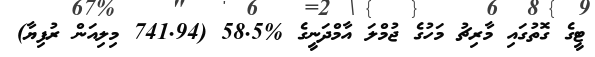
ޓީގެ ގޮތުގައި މާރިޗު މަހުގެ ޖުމްލަ އާމްދަނީގެ %58.5 (741.94 މިލިއަން ރުފިޔާ)